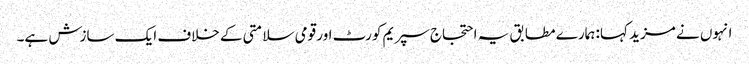
انہوں نے مزید کہا: ہمارے مطابق یہ احتجاج سپریم کورٹ اور قومی سلامتی کے خلاف ایک سازش ہے۔